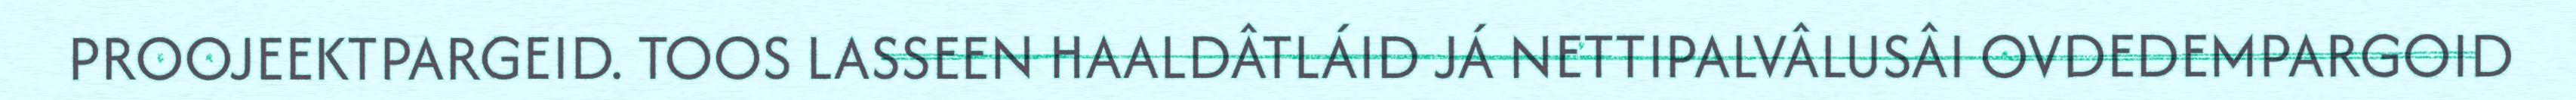
PROOJEEKTPARGEID. TOOS LASSEEN HAALDÂTLÁID JÁ NETTIPALVÂLUSÂI OVDEDEMPARGOID